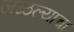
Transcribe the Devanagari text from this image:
जळल्याचा